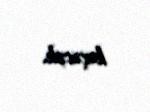
keçəcək.